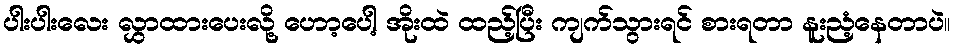
ပါးပါးလေး လွှာထားပေးလို့ ဟော့ပေါ့ အိုးထဲ ထည့်ပြီး ကျက်သွားရင် စားရတာ နူးညံ့နေတာပဲ။